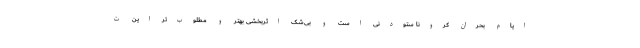
ایام بحران کرونا ستودنی است و بی‌شک اثربخشی بهتر و مطلوب‌تر این ت